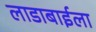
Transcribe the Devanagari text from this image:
लाडाबाईला